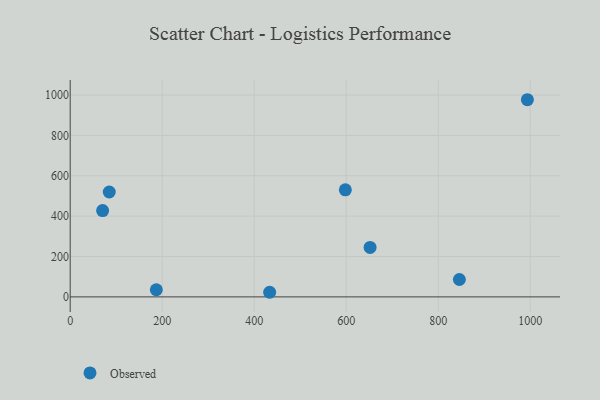
{"axis": {"x": "Investment", "y": "Rating"}, "legend": ["Observed"], "data": [{"x": "433.6", "y": 22.8, "type": "Observed"}, {"x": "846.0", "y": 86.2, "type": "Observed"}, {"x": "84.9", "y": 519.7, "type": "Observed"}, {"x": "651.9", "y": 245.2, "type": "Observed"}, {"x": "70.5", "y": 427.8, "type": "Observed"}, {"x": "187.2", "y": 35.4, "type": "Observed"}, {"x": "993.8", "y": 976.8, "type": "Observed"}, {"x": "598.1", "y": 530.3, "type": "Observed"}]}